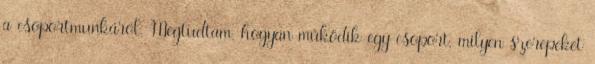
a csoportmunkáról. Megtudtam, hogyan működik egy csoport, milyen szerepeket